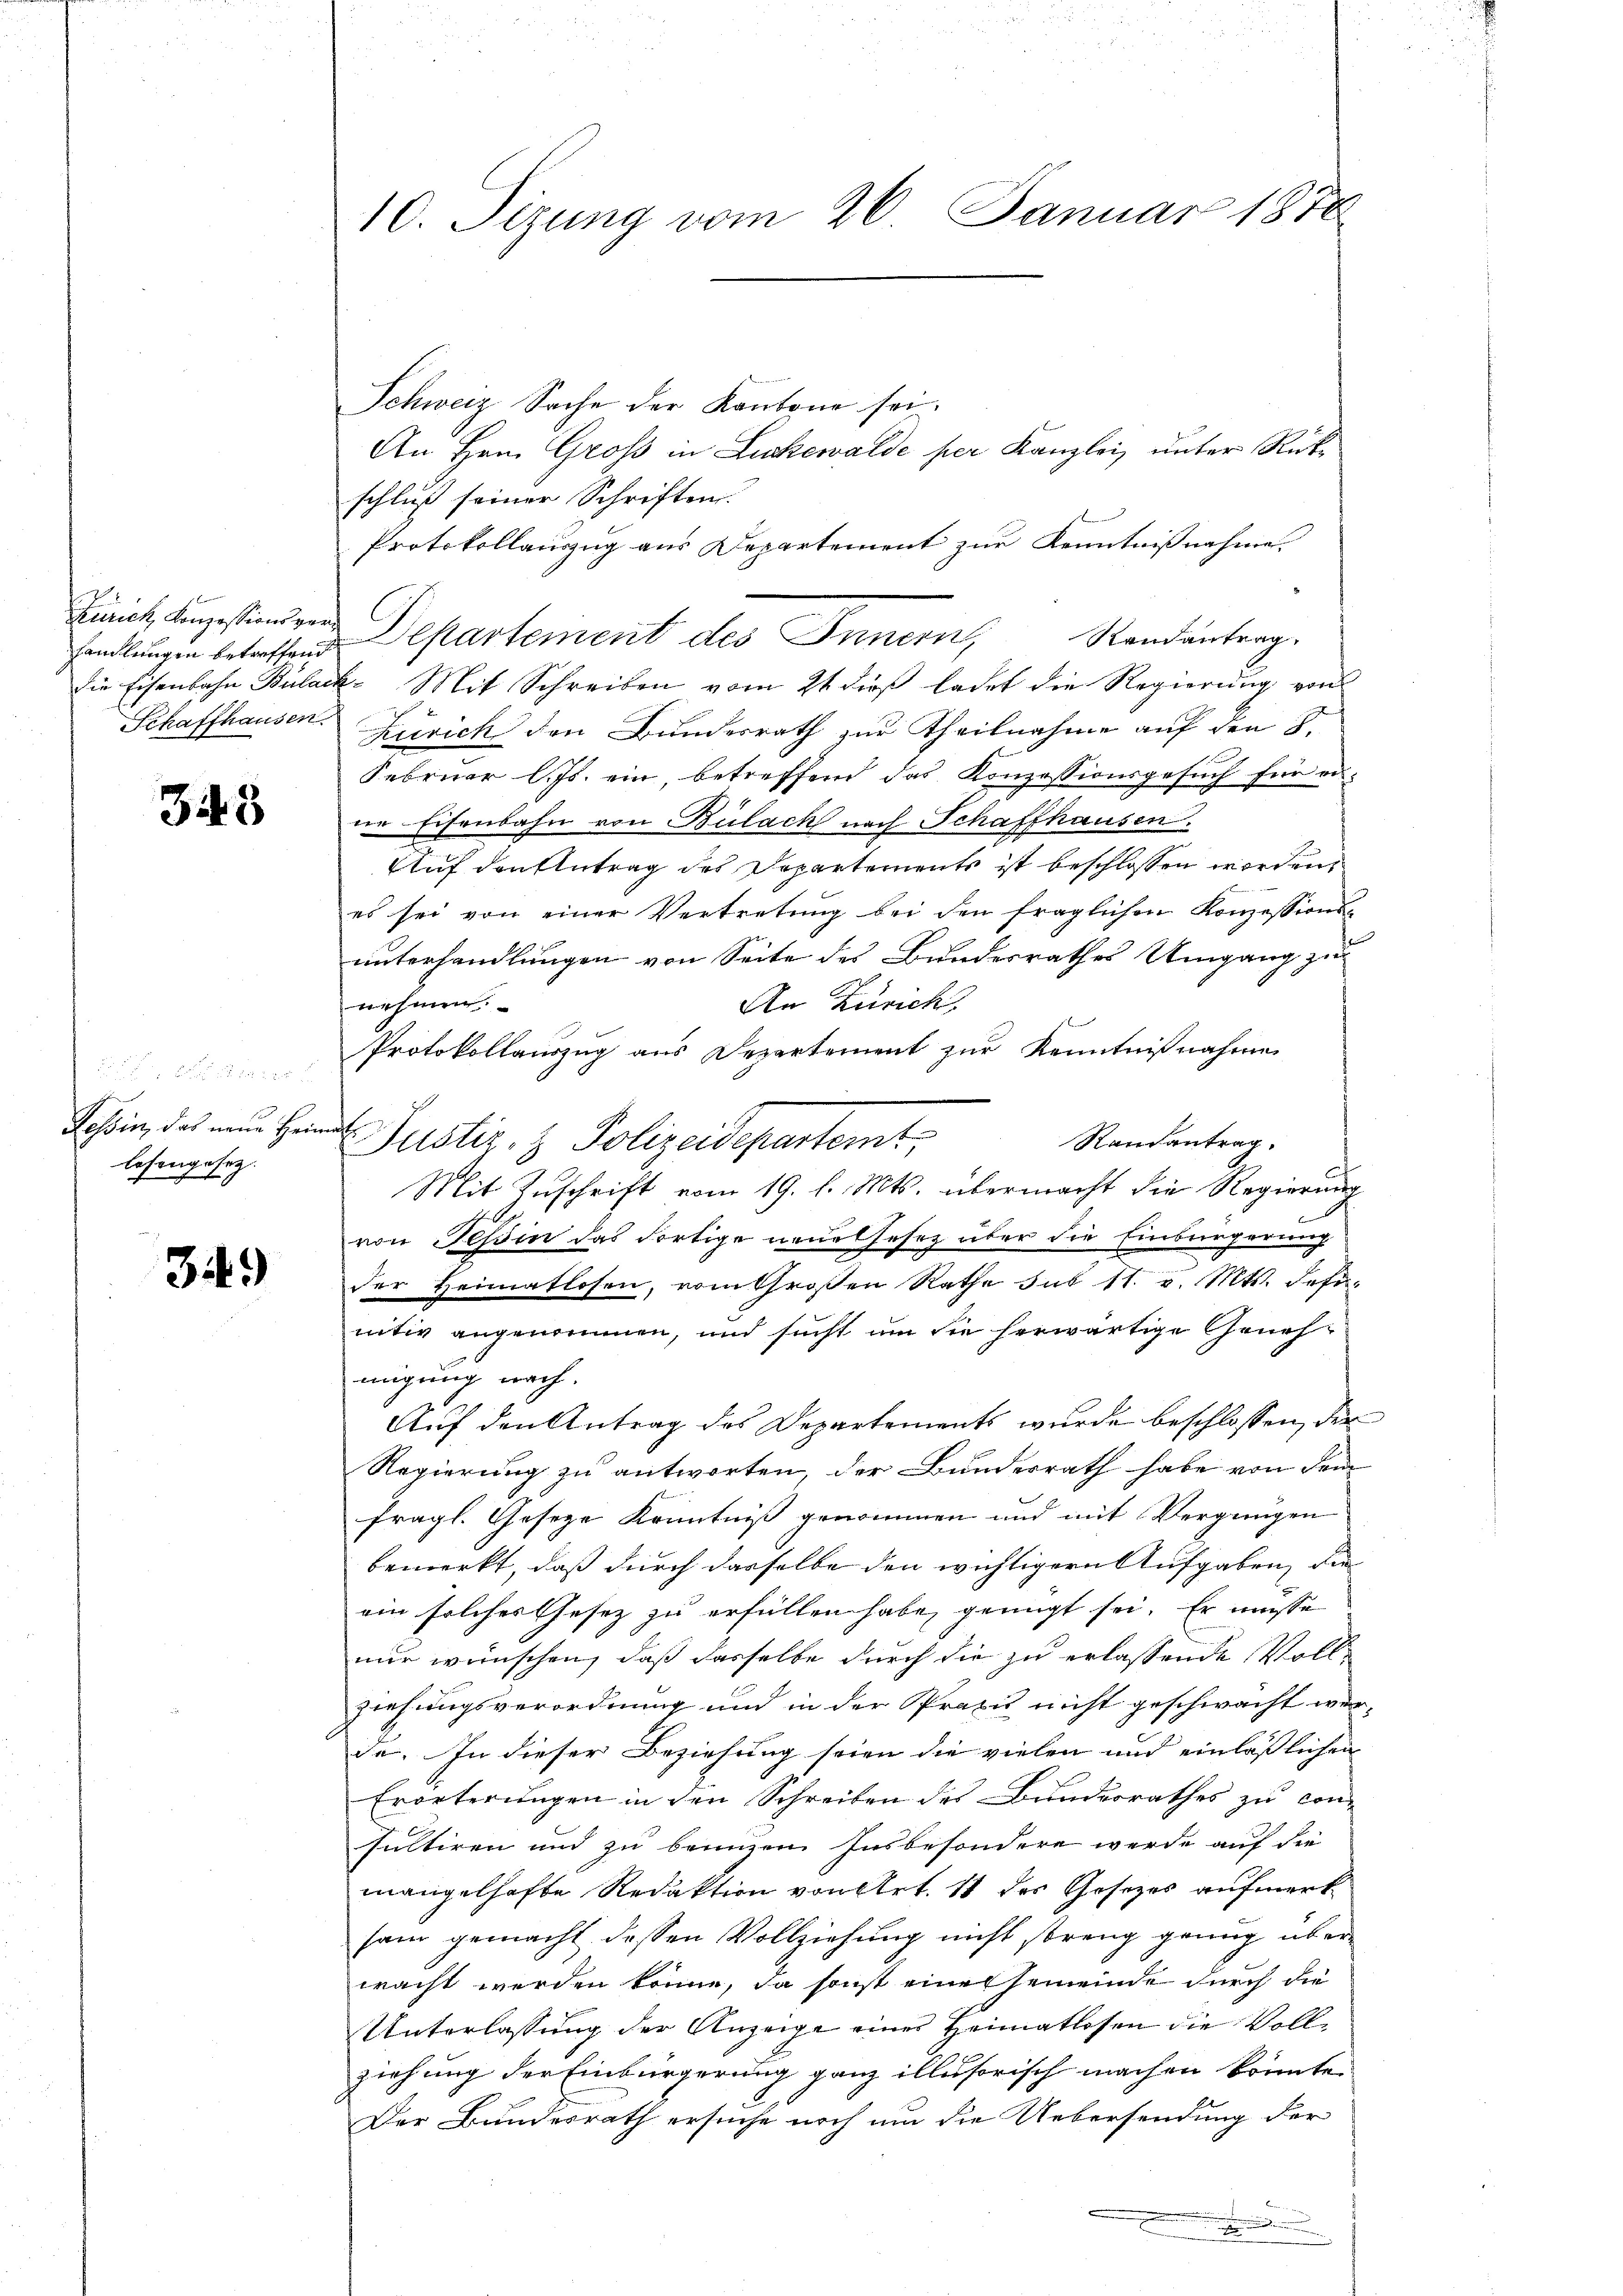
Zürich, Konzessionsver¬

343

Keser
sch
Tessin, das neue Heimat
lesengesez.

349)

Schweiz Sache der Kantone sei.
An Hrn. Groß in Lickhewalde per Kanzlei, unter Rücke
schluß seiner Schriften.
Protokollauszug aus Departement zur Kenntnißnahme.
handlungen betreffend Departement des Innern, Randantrag.
die Eisenbahn Bulack- Mit Schreiben vom 21 dieß ladet die Regierung von
Schaffhausen. Zürich den Bundesrath zur Theilnahme auf den 8.
Februar l. Js. ein, betreffend das Konzessionsgesuch für eine Eisenbahn von Bülach nach Schaffhausen.
Auf den Antrag des Departements ist beschlossen worden,
es sei von einer Vertretung bei den fraglichen Konzessions-
unterhandlungen von Seite des Bundesrathes Umgang zu
nehmen.
An Zürich.
Protokollauszug aus Departement zur Kenntnißnahme
Justiz- & Polizeidepartemt,
Randantrag.
Mit Zuschrift vom 19. l. Mts. übermacht die Regierung
von Teßin das dortige neue Gesez über die Einbergerung
der Heimatlosen, vom Großen Rathe sub 11. v. Mts. definitiv angenommen, und sucht um sie herwärtige Genehmigung nach.
Auf den Antrag des Departements wurde beschlossen, der
Regierung zu antworten, der Bundesrath habe von dem
fragl. Geseze Kenntniß genommen und mit Vergnügen
bemerkt, daß durch dasselbe den wichtigern Aufgaben, die
ein solches Gesez zu erfüllen habe, genügt sei. Er müsse
nur wünschen, daß dasselbe durch die zu erlassende Vollziehungsverordnung und in der Praxis nicht geschwacht wer-
de. In dieser Beziehung seien die vielen und einläßlichen
Erörterungen in den Schreiben des Bundesrathes zu con-
sultiren und zu bringen Insbesondere werde auf die
mangelhafte Redaktion von Art. 11 des Gesetzes aufmerk
sam gemacht dessen Vollziehung nicht streng genug überwacht werden könne, da sonst eine Gemeinde durch die
Unterlassung der Anzeige eines Heimatlosen die Vollziehung der Einbürgerung ganz illusorisch machen könnte.
Der Bundesrath ersuche noch um die Uebersendung der

10. Sizung vom 26. Januar 1878